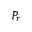
P _ { r }